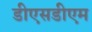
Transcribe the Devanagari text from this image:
डीएसडीएम